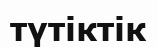
түтіктік